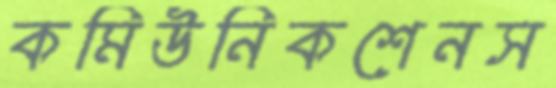
কমিউনিকশেনস